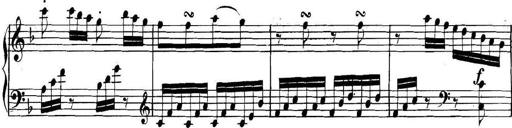
Title: Collected Piano Sonatas
Composer: Muzio Clementi